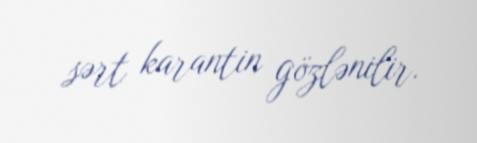
sərt karantin gözlənilir.